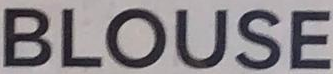
BLOUSE